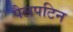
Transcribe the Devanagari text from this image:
पैलपटिन